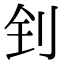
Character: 钊